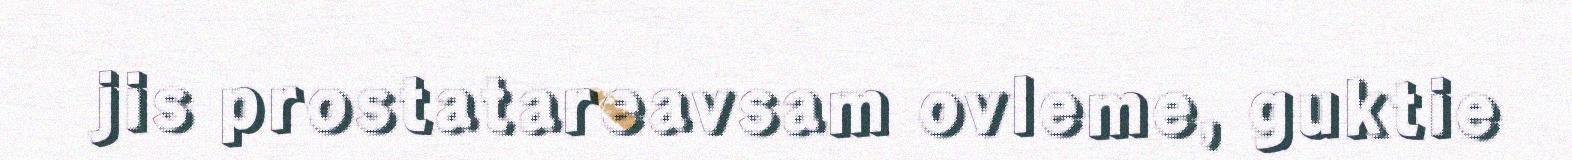
jis prostatareavsam ovleme, guktie